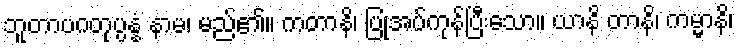
ဘူတာပဂတုပ္ပန္နံ နာမ၊ မည်၏။ ကတာနိ၊ ပြုအပ်ကုန်ပြီးသော။ ယာနိ တာနိ၊ ကမ္မာနိ၊